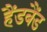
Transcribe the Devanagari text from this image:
हैंडबैंड